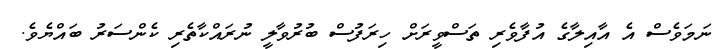
ނަމަވެސް އެ އާއިލާގެ އުފާވެރި ތަސްވީރަށް ހިރަފުސް ބުރުވާލީ ނުރައްކާތެރި ކެންސަރު ބައްޔެވެ.